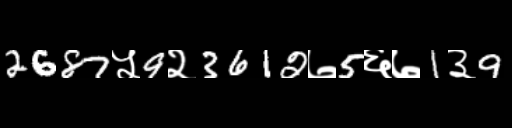
Text: 2687५9२3612७5६७1३9